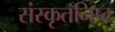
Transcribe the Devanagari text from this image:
संस्कृतनिष्ट